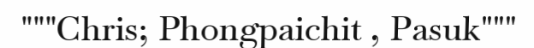
"""Chris; Phongpaichit , Pasuk"""